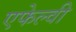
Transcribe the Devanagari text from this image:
एफेल्वी